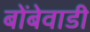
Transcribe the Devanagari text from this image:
बोंबेवाडी